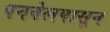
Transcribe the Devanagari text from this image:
पनवेलपासून